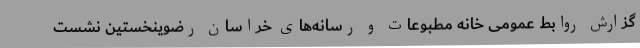
گزارش روابط عمومی خانه مطبوعات و رسانه‌های خراسان رضوینخستین نشست